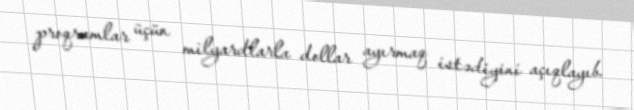
proqramlar üçün milyardlarla dollar ayırmaq istədiyini açıqlayıb.